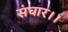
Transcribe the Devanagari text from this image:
संघार।।